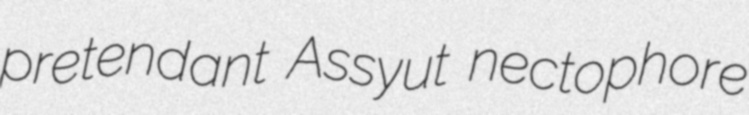
pretendant Assyut nectophore